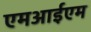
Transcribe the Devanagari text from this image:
एमआईएम